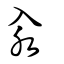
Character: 汆